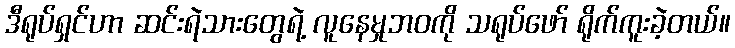
ဒီရုပ်ရှင်ဟာ ဆင်းရဲသားတွေရဲ့ လူနေမှုဘဝကို သရုပ်ဖော် ရိုက်ကူးခဲ့တယ်။